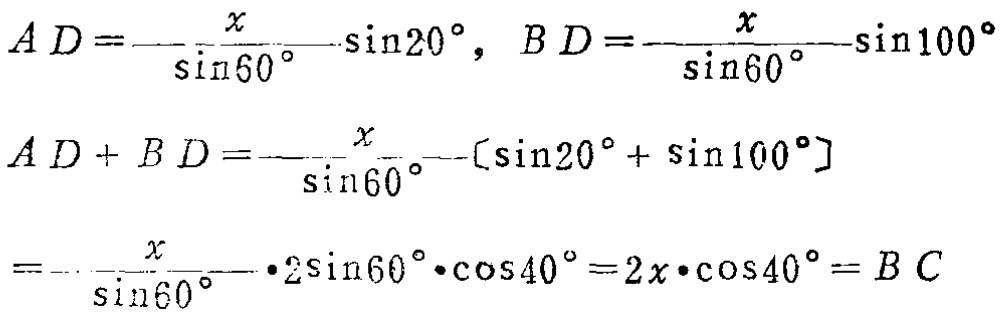
\[
\begin{align*}
AD&=\frac{x}{\sin60^{\circ}}\sin20^{\circ},\ BD=\frac{x}{\sin60^{\circ}}\sin100^{\circ}\\
AD + BD&=\frac{x}{\sin60^{\circ}}[\sin20^{\circ}+\sin100^{\circ}]\\
&=\frac{x}{\sin60^{\circ}}\cdot2\sin60^{\circ}\cdot\cos40^{\circ}=2x\cdot\cos40^{\circ}=BC
\end{align*}
\]